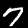
Digit: 7